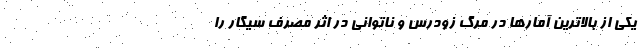
یکی از بالاترین آمارها در مرگ زودرس و ناتوانی در اثر مصرف سیگار را